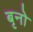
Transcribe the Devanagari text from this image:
बृनो